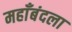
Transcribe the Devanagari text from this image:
महाँबंदला